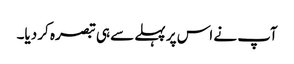
آپ نے اس پر پہلے سے ہی تبصرہ کر دیا۔